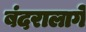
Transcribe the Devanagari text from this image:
बंदरालागे